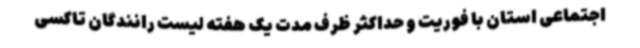
اجتماعی استان با فوریت و حداکثر ظرف مدت یک هفته لیست رانندگان تاکسی